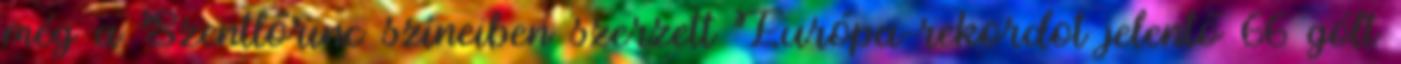
még a Szentlőrinc színeiben szerzett Európa-rekordot jelentő 66 gólt